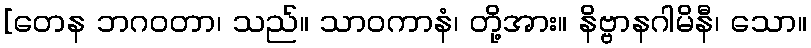
[တေန ဘဂဝတာ၊ သည်။ သာဝကာနံ၊ တို့အား။ နိဗ္ဗာနဂါမိနီ၊ သော။